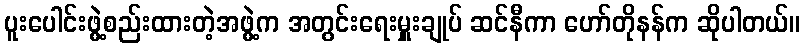
ပူးပေါင်းဖွဲ့စည်းထားတဲ့အဖွဲ့က အတွင်းရေးမှူးချုပ် ဆင်နီကာ ဟော်တိုနန်က ဆိုပါတယ်။